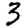
Digit: 3